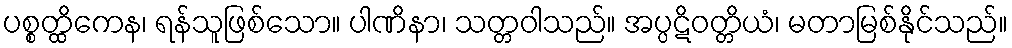
ပစ္စတ္ထိကေန၊ ရန်သူဖြစ်သော။ ပါဏိနာ၊ သတ္တဝါသည်။ အပ္ပဋိဝတ္တိယံ၊ မတာမြစ်နိုင်သည်။